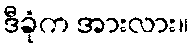
ဒီခုံက အားလား။